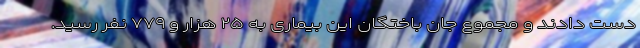
دست دادند و مجموع جان باختگان این بیماری به ۲۵ هزار و ۷۷۹ نفر رسید.